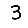
Digit: 3